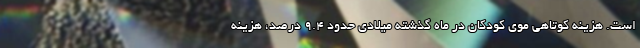
است. هزینه کوتاهی موی کودکان در ماه گذشته میلادی حدود 9.4 درصد، هزینه